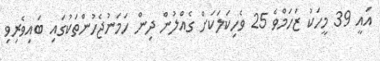
އައީ 39 މީހަކު ޒަހަމްވެ 25 ވެހިކަލަކަށް ގެއްލުން ދިން ހަަމަނުޖެހުންތަކުގައި ބައިވެރިވި